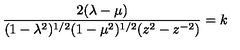
\frac { 2 ( \lambda - \mu ) } { ( 1 - \lambda ^ { 2 } ) ^ { 1 / 2 } ( 1 - \mu ^ { 2 } ) ^ { 1 / 2 } ( z ^ { 2 } - z ^ { - 2 } ) } = k